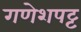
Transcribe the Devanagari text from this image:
गणेशपट्ट